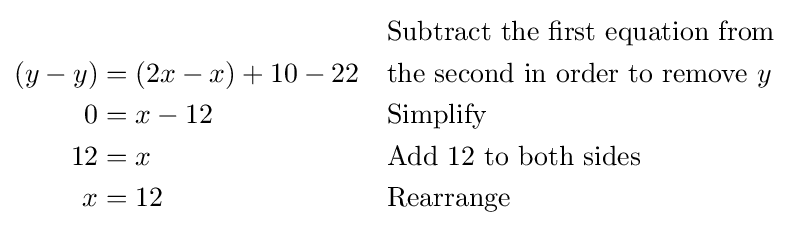
{\begin{aligned}&&&{\text{Subtract the first equation from}}\\(y-y)&=(2x-x)+10-22&&{\text{the second in order to remove }}y\\0&=x-12&&{\text{Simplify}}\\12&=x&&{\text{Add 12 to both sides}}\\x&=12&&{\text{Rearrange}}\end{aligned}}